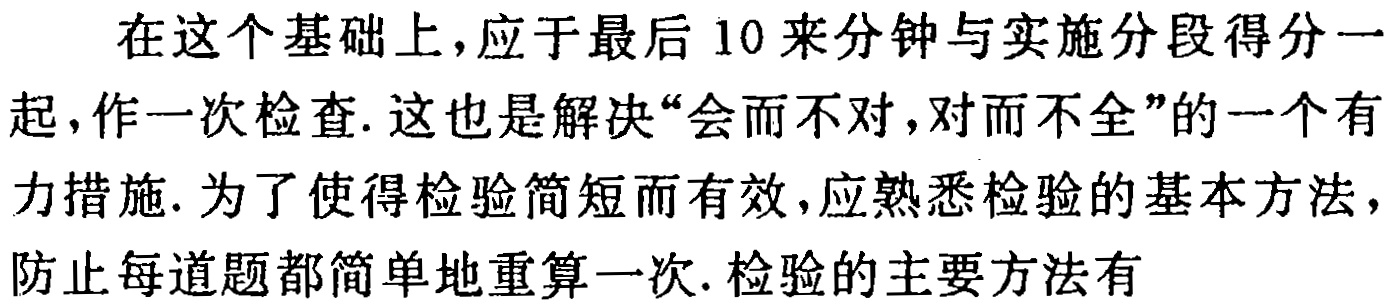
在这个基础上，应于最后 10 来分钟与实施分段得分一起，作一次检查. 这也是解决“会而不对，对而不全”的一个有力措施. 为了使得检验简短而有效，应熟悉检验的基本方法，防止每道题都简单地重算一次. 检验的主要方法有